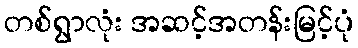
တစ်ရွာလုံး အဆင့်အတန်းမြင့်ပုံ